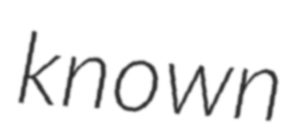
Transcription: known